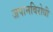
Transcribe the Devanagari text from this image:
जपानविरोधी